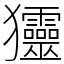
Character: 𤣤